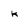
Character: k